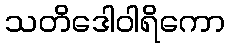
သတိဒေါဝါရိကော